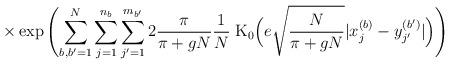
LaTeX: \begin{align*}\times\exp \left(\sum_{b, b^\prime=1}^N \sum_{j=1}^{n_b} \sum_{j^\prime=1}^{m_{b^\prime}}2 \frac{\pi}{\pi+gN} \frac{1}{N} \; \mbox{K}_0\Big( e \sqrt{\frac{N}{\pi+gN}} |x_j^{(b)} - y_{j^\prime}^{(b^\prime)}|\Big) \right)\end{align*}